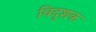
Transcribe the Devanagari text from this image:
विदूशक